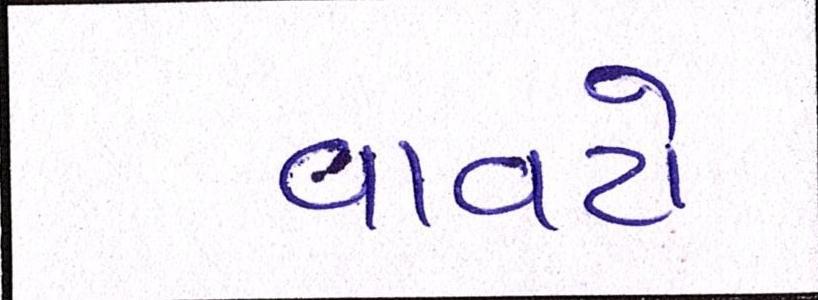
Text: વાવટો